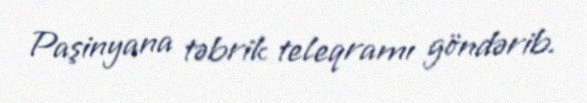
Paşinyana təbrik teleqramı göndərib.